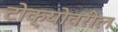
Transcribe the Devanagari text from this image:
टोक्योवरील